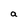
Character: a